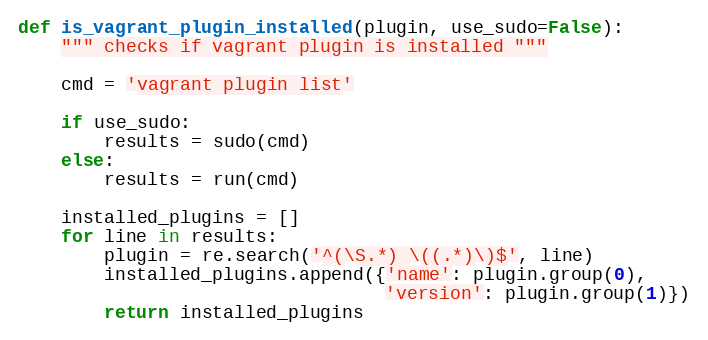
Language: Python
def is_vagrant_plugin_installed(plugin, use_sudo=False):
    """ checks if vagrant plugin is installed """

    cmd = 'vagrant plugin list'

    if use_sudo:
        results = sudo(cmd)
    else:
        results = run(cmd)

    installed_plugins = []
    for line in results:
        plugin = re.search('^(\S.*) \((.*)\)$', line)
        installed_plugins.append({'name': plugin.group(0),
                                  'version': plugin.group(1)})
        return installed_plugins